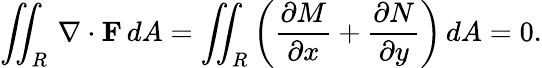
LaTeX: \iint_{R}\, \mathbf{\nabla}\cdot\mathbf{F}\, dA=\iint_{R}\left({\frac{\partial M}{\partial x}}+{\frac{\partial N}{\partial y}}\right)\, dA=0.